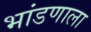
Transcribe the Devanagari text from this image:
भांडणाला